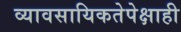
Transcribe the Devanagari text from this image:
व्यावसायिकतेपेक्षाही